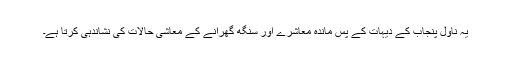
یہ ناول پنجاب کے دیہات کے پس ماندہ معاشرے اور سنگھ گھرانے کے معاشی حالات کی نشاندہی کرتا ہے۔